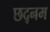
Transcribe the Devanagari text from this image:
छद्नम